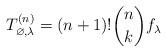
LaTeX: \begin{align*} T^{(n)}_{\varnothing,\lambda} = (n+1)! \binom{n}{k} f_{\lambda}\end{align*}